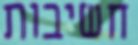
חשיבות